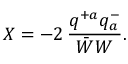
X = - 2 \, \frac { q ^ { + a } q _ { a } ^ { - } } { \bar { W } W } .